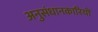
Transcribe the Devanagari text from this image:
अनुसंधानकारियों